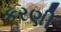
કરણી